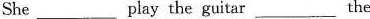
She ___ play the guitar ___ the